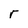
Character: r